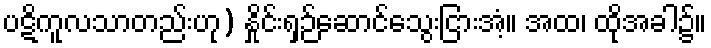
ပဋိကူလသာတည်းဟု) နှိုင်းရှဉ်ဆောင်သွေးငြားအံ့။ အထ၊ ထိုအခါ၌။